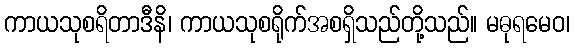
ကာယသုစရိတာဒီနိ၊ ကာယသုစရိုက်အစရှိသည်တို့သည်။ မဓုရမေဝ၊